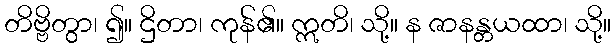
တိဗ္ဗိတွာ၊ ၍။ ဌိတာ၊ ကုန်၏။ ဣတိ၊ သို့။ န ဇာနန္တယထာ၊ သို့။